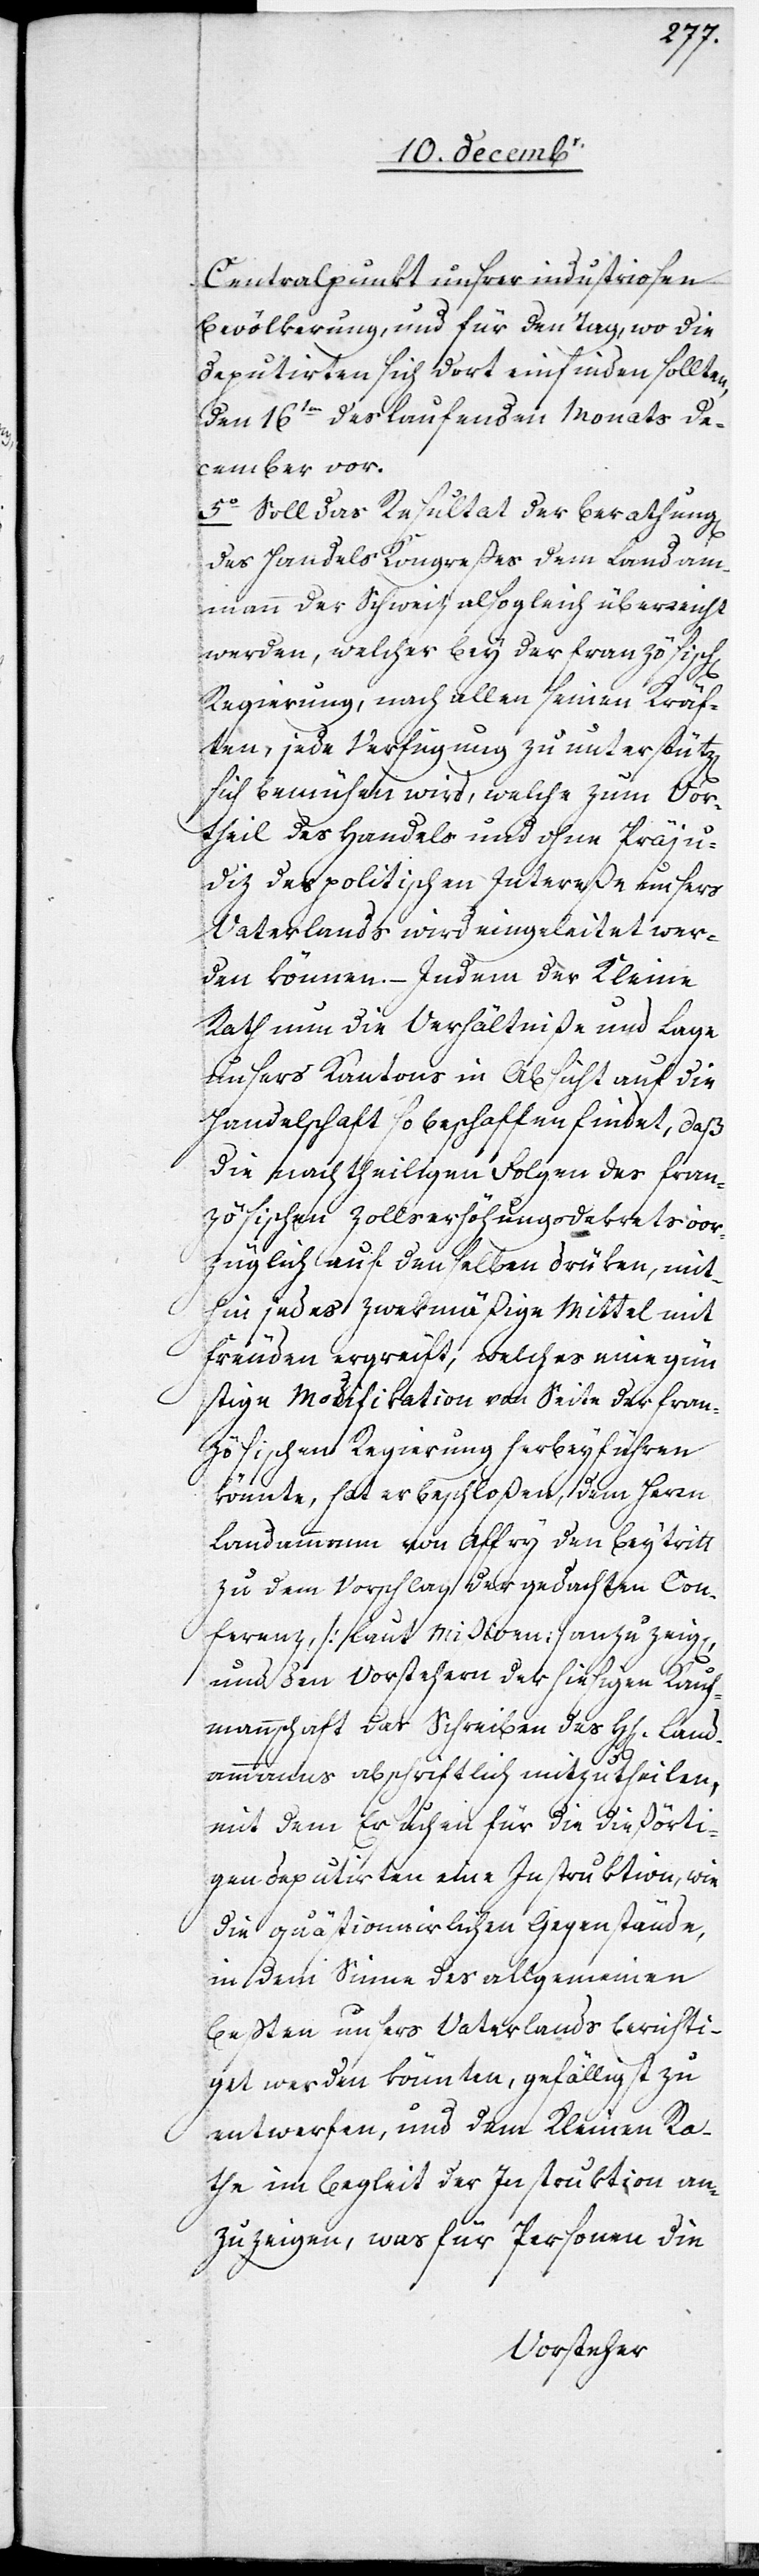
z[en]
Centralpunkt unsrer industriosen
Bevölkerung, und für den Tag, wo die
Deputirten sich dort einfinden sollten,
den 16ten des laufenden Monats De¬
cember vor.
5. Soll das Resultat der Berathung[en]
des Handels[-]Kongreßes dem Landam¬
mann der Schweiz also gleich überreicht
werden, welcher bey der französischen
Regierung, nach allen seinen Kräf¬
ten, jede Verfügung zu unterstüt¬
sich bemühen wird, welche zum Vor¬
theil des Handels und ohne Präju¬
diz des politischen Intereße unsers
Vaterlands wird eingeleitet wer¬
den können. – Indem der Kleine
Rath um die Verhältniße und Lage
unsers Kantons in Absicht auf die
Handelschaft so beschaffen findet, daß
die nachtheiligen Folgen des fran¬
zösischen Zollserhöhungsdekrets vor¬
züglich auf den selben drüken, mit¬
hin jedes zwekmäßige Mittel mit
Freuden ergreift, welches eine gün¬
stige Modifikation von Seite der fran¬
zösischen Regierung herbeyführen
könnte, hat er beschloßen, dem Herrn
Landammann von Affry den Beytritt
zu dem Vorschlag der gedachten Con¬
ferenz, [laut Mißiven] anzuzeig[en],
und den Vorstehern der hiesigen Kauf¬
mannschaft das Schreiben des Hh[errn] Land¬
ammanns abschriftlich mizutheilen,
mit dem Ersuchen für die dießörti¬
gen Deputirten eine Instruktion, wie
die quästionnirlichen Gegenstände,
in dem Sinne des allgemeinen
Beßten unsers Vaterlands berichti¬
get werden könnten, gefälligst zu
entwerfen, und dem Kleinen Ra¬
the im Begleit der Instruktion an¬
zuzeigen, was für Personen die